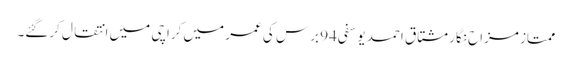
ممتاز مزاح نگار مشتاق احمد یوسفی 94 برس کی عمر میں کراچی میں انتقال کرگئے۔